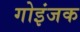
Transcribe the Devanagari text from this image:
गोइंजक